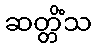
ဆတ္တိံသ